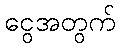
ငွေအတွက်